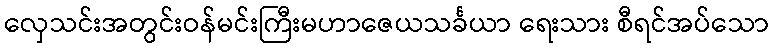
လှေသင်းအတွင်းဝန်မင်းကြီးမဟာဇေယသင်္ခယာ ရေးသား စီရင်အပ်သော